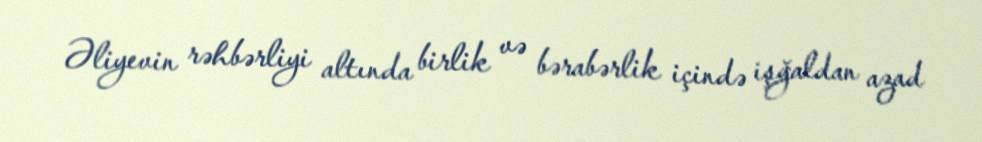
Əliyevin rəhbərliyi altında birlik və bərabərlik içində işğaldan azad